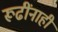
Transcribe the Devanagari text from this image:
रूढींनाही